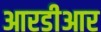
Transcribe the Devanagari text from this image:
आरडीआर